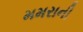
મમરાની